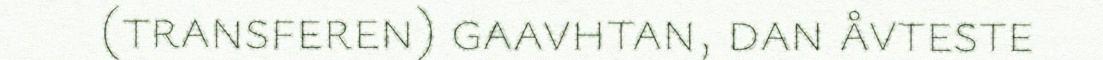
(transferen) gaavhtan, dan åvteste